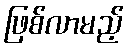
ဖြစ်လာမည့်